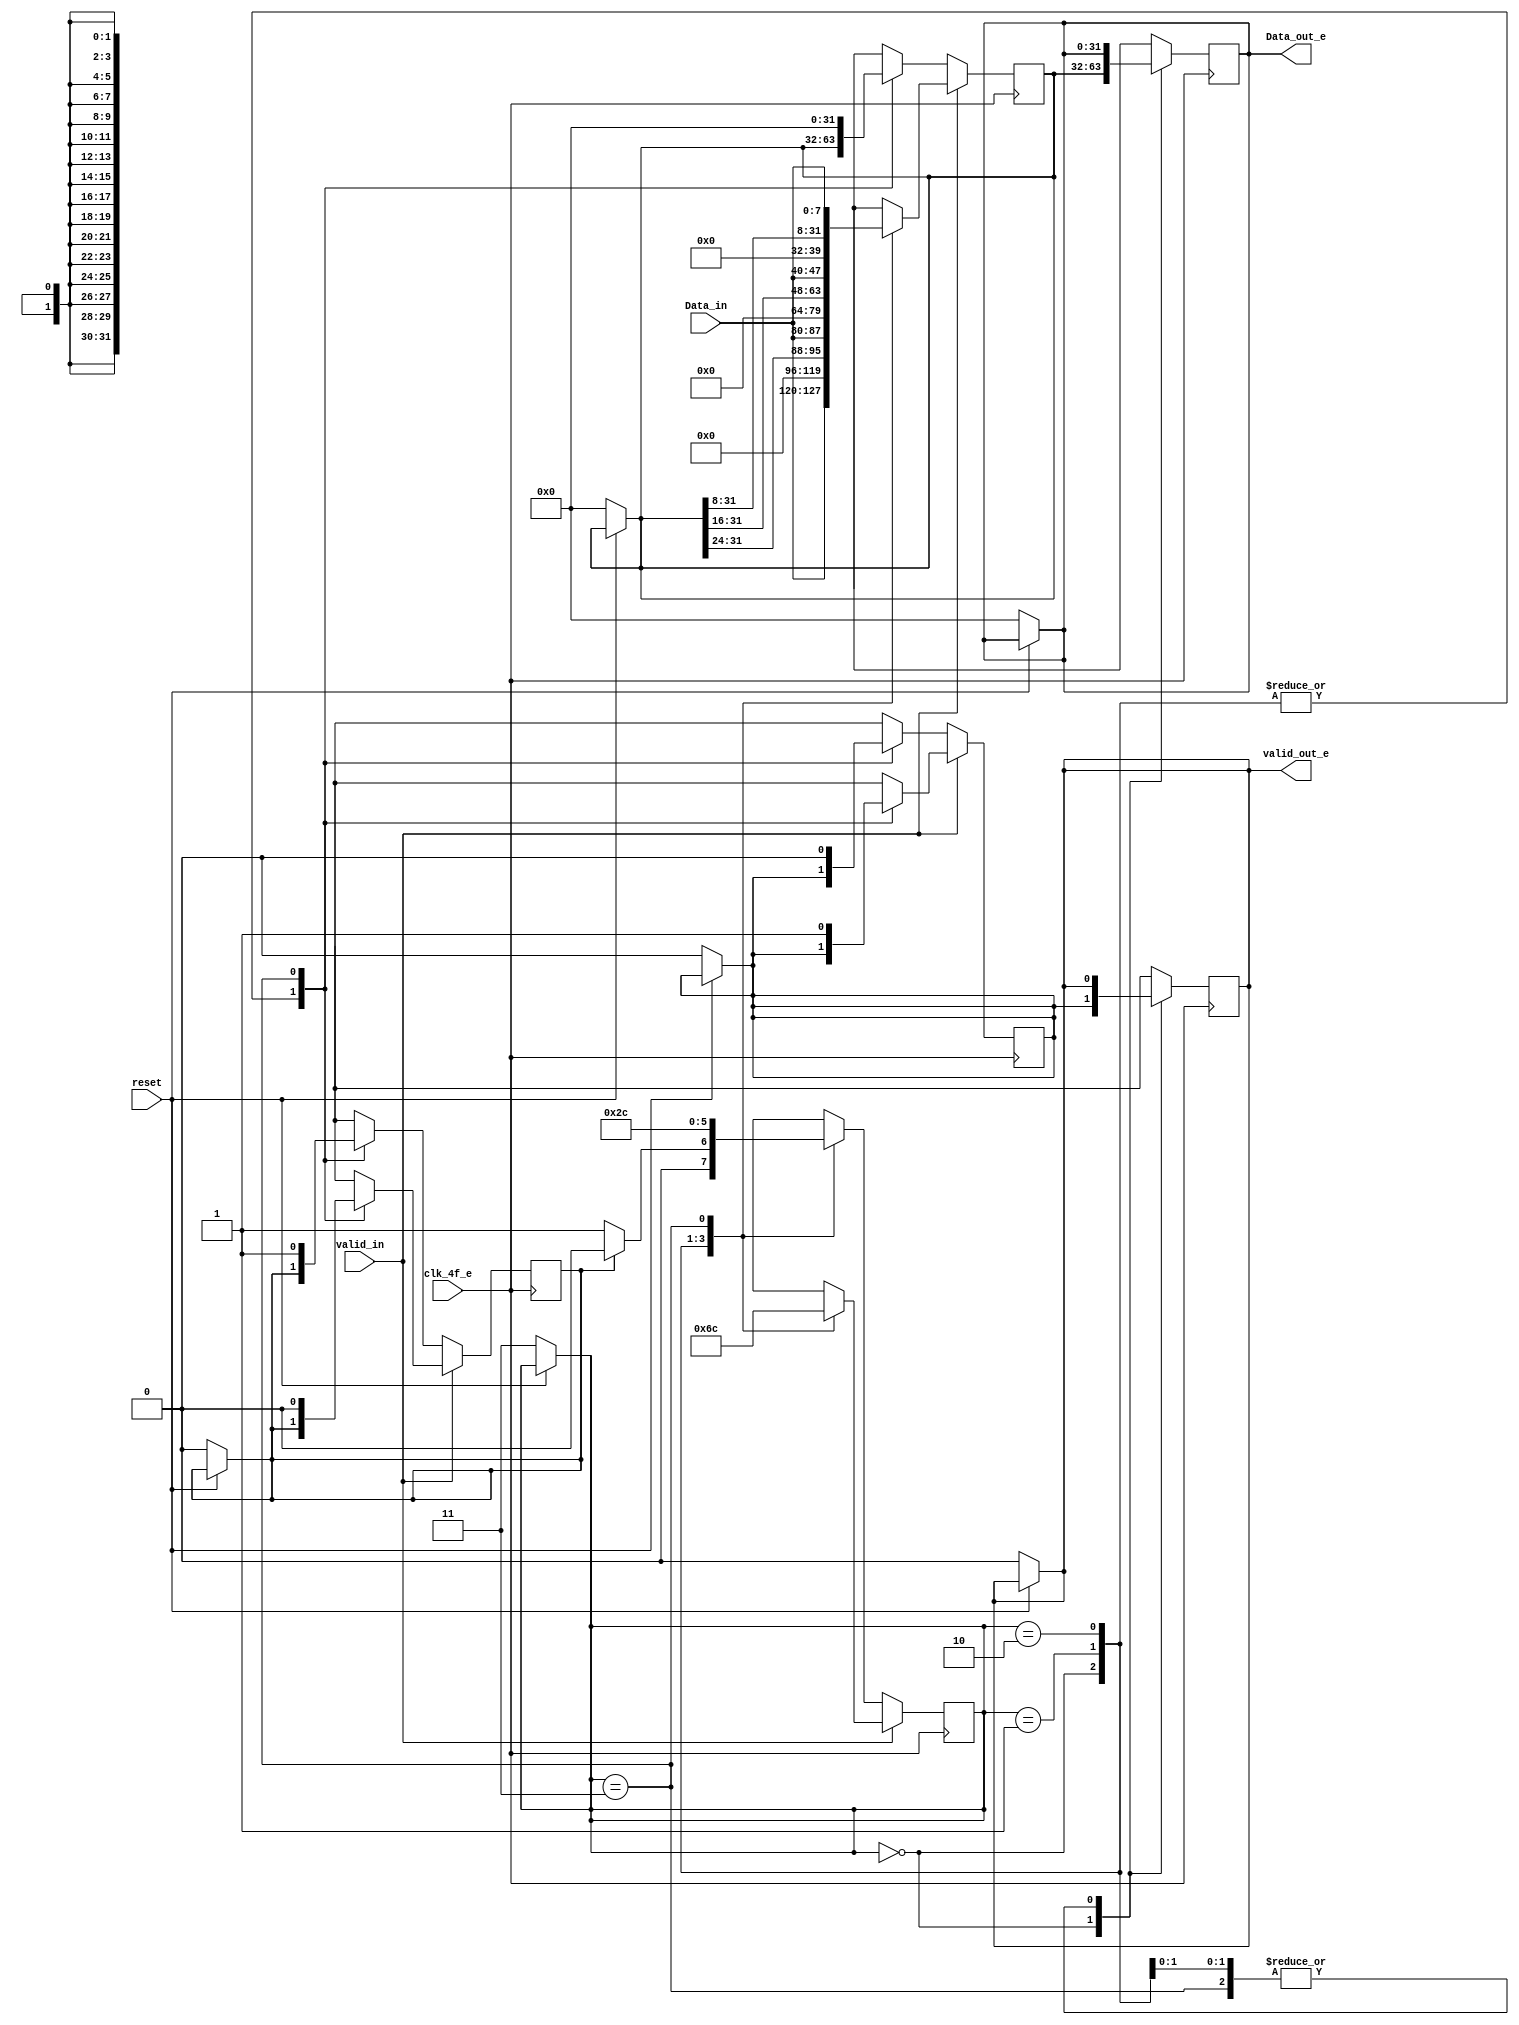
/* Generated by Yosys 0.9 (git sha1 1979e0b) */

(* src = "bits8_32word_e.v:1" *)
module bits8_32word_e(clk_4f_e, reset, valid_in, Data_in, valid_out_e, Data_out_e);
  (* src = "bits8_32word_e.v:14" *)
  reg [31:0] _00_;
  (* src = "bits8_32word_e.v:14" *)
  reg [1:0] _01_;
  (* src = "bits8_32word_e.v:14" *)
  reg _02_;
  (* src = "bits8_32word_e.v:14" *)
  reg [31:0] _03_;
  (* src = "bits8_32word_e.v:14" *)
  reg _04_;
  (* src = "bits8_32word_e.v:14" *)
  reg _05_;
  (* src = "bits8_32word_e.v:25" *)
  reg [31:0] _06_;
  (* src = "bits8_32word_e.v:25" *)
  reg [1:0] _07_;
  (* src = "bits8_32word_e.v:25" *)
  reg _08_;
  (* src = "bits8_32word_e.v:25" *)
  reg [31:0] _09_;
  (* src = "bits8_32word_e.v:25" *)
  reg _10_;
  (* src = "bits8_32word_e.v:25" *)
  reg _11_;
  (* src = "bits8_32word_e.v:15" *)
  wire _12_;
  (* src = "bits8_32word_e.v:5" *)
  input [7:0] Data_in;
  (* src = "bits8_32word_e.v:7" *)
  output [31:0] Data_out_e;
  reg [31:0] Data_out_e;
  (* src = "bits8_32word_e.v:2" *)
  input clk_4f_e;
  (* src = "bits8_32word_e.v:9" *)
  reg [1:0] contador;
  (* src = "bits8_32word_e.v:12" *)
  reg down;
  (* src = "bits8_32word_e.v:10" *)
  reg [31:0] memoria;
  (* src = "bits8_32word_e.v:3" *)
  input reset;
  (* src = "bits8_32word_e.v:11" *)
  reg valid;
  (* src = "bits8_32word_e.v:4" *)
  input valid_in;
  (* src = "bits8_32word_e.v:6" *)
  output valid_out_e;
  reg valid_out_e;
  assign _12_ = ~(* src = "bits8_32word_e.v:15" *) reset;
  always @* begin
    _05_ = valid_out_e;
    _00_ = Data_out_e;
    _01_ = contador;
    _04_ = valid;
    _02_ = down;
    _03_ = memoria;
    (* src = "bits8_32word_e.v:15" *)
    casez (_12_)
      /* src = "bits8_32word_e.v:15" */
      1'h1:
        begin
          _05_ = 1'h0;
          _00_ = 32'd0;
          _01_ = 2'h3;
          _03_ = 32'd0;
          _04_ = 1'h0;
          _02_ = 1'h0;
        end
      default:
          /* empty */;
    endcase
  end
  always @* begin
      valid_out_e <= _05_;
      Data_out_e <= _00_;
      contador <= _01_;
      valid <= _04_;
      down <= _02_;
      memoria <= _03_;
  end
  always @* begin
    _11_ = valid_out_e;
    _06_ = Data_out_e;
    _07_ = contador;
    _10_ = valid;
    _08_ = down;
    _09_ = memoria;
    (* src = "bits8_32word_e.v:26" *)
    casez (valid_in)
      /* src = "bits8_32word_e.v:26" */
      1'h1:
          (* src = "bits8_32word_e.v:27" *)
          casez (contador)
            /* src = "bits8_32word_e.v:28" */
            2'h0:
              begin
                _11_ = valid;
                _06_ = memoria;
                _09_ = { Data_in, 24'h000000 };
                _07_ = 2'h1;
              end
            /* src = "bits8_32word_e.v:35" */
            2'h1:
              begin
                _09_ = { memoria[31:24], Data_in, 16'h0000 };
                _07_ = 2'h2;
              end
            /* src = "bits8_32word_e.v:40" */
            2'h2:
              begin
                _09_ = { memoria[31:16], Data_in, 8'h00 };
                _07_ = 2'h3;
              end
            /* src = "bits8_32word_e.v:45" */
            2'h3:
              begin
                _09_ = { memoria[31:8], Data_in };
                _10_ = 1'h1;
                _07_ = 2'h0;
                _08_ = 1'h0;
              end
            default:
                /* empty */;
          endcase
      /* src = "bits8_32word_e.v:54" */
      default:
          (* src = "bits8_32word_e.v:55" *)
          casez (contador)
            /* src = "bits8_32word_e.v:56" */
            2'h0:
              begin
                _11_ = valid;
                _06_ = memoria;
                (* src = "bits8_32word_e.v:60" *)
                casez (down)
                  /* src = "bits8_32word_e.v:60" */
                  1'h1:
                      _07_ = 2'h0;
                  /* src = "bits8_32word_e.v:61" */
                  default:
                      _07_ = 2'h1;
                endcase
              end
            /* src = "bits8_32word_e.v:63" */
            2'h1:
                _07_ = 2'h2;
            /* src = "bits8_32word_e.v:64" */
            2'h2:
                _07_ = 2'h3;
            /* src = "bits8_32word_e.v:65" */
            2'h3:
              begin
                _09_ = 32'd0;
                _10_ = 1'h0;
                _07_ = 2'h0;
                _08_ = 1'h1;
              end
            default:
                /* empty */;
          endcase
    endcase
  end
  always @(posedge clk_4f_e) begin
      valid_out_e <= _11_;
      Data_out_e <= _06_;
      contador <= _07_;
      valid <= _10_;
      down <= _08_;
      memoria <= _09_;
  end
endmodule

(* src = "byte_un_striping_e.v:1" *)
module byte_un_striping_e(clk_2f_e, reset, valid_0, lane_0, valid_1, lane_1, valid_out_e, Data_out_e);
  (* src = "byte_un_striping_e.v:13" *)
  reg [31:0] _0_;
  (* src = "byte_un_striping_e.v:13" *)
  reg _1_;
  (* src = "byte_un_striping_e.v:13" *)
  reg _2_;
  (* src = "byte_un_striping_e.v:21" *)
  reg [31:0] _3_;
  (* src = "byte_un_striping_e.v:21" *)
  reg _4_;
  (* src = "byte_un_striping_e.v:21" *)
  reg _5_;
  (* src = "byte_un_striping_e.v:14" *)
  wire _6_;
  (* src = "byte_un_striping_e.v:9" *)
  output [31:0] Data_out_e;
  reg [31:0] Data_out_e;
  (* src = "byte_un_striping_e.v:2" *)
  input clk_2f_e;
  (* src = "byte_un_striping_e.v:11" *)
  reg contador;
  (* src = "byte_un_striping_e.v:5" *)
  input [31:0] lane_0;
  (* src = "byte_un_striping_e.v:7" *)
  input [31:0] lane_1;
  (* src = "byte_un_striping_e.v:3" *)
  input reset;
  (* src = "byte_un_striping_e.v:4" *)
  input valid_0;
  (* src = "byte_un_striping_e.v:6" *)
  input valid_1;
  (* src = "byte_un_striping_e.v:8" *)
  output valid_out_e;
  reg valid_out_e;
  assign _6_ = ~(* src = "byte_un_striping_e.v:14" *) reset;
  always @* begin
    _2_ = valid_out_e;
    _0_ = Data_out_e;
    _1_ = contador;
    (* src = "byte_un_striping_e.v:14" *)
    casez (_6_)
      /* src = "byte_un_striping_e.v:14" */
      1'h1:
        begin
          _2_ = 1'h0;
          _0_ = 32'd0;
          _1_ = 1'h1;
        end
      default:
          /* empty */;
    endcase
  end
  always @* begin
      valid_out_e <= _2_;
      Data_out_e <= _0_;
      contador <= _1_;
  end
  always @* begin
    _5_ = valid_out_e;
    _3_ = Data_out_e;
    _4_ = contador;
    (* src = "byte_un_striping_e.v:22" *)
    casez (contador)
      /* src = "byte_un_striping_e.v:23" */
      1'h0:
          (* src = "byte_un_striping_e.v:25" *)
          casez (valid_0)
            /* src = "byte_un_striping_e.v:25" */
            1'h1:
              begin
                _4_ = 1'h1;
                _5_ = 1'h1;
                _3_ = lane_0;
              end
            /* src = "byte_un_striping_e.v:30" */
            default:
              begin
                _4_ = 1'h1;
                _5_ = 1'h0;
                _3_ = 32'd0;
              end
          endcase
      /* src = "byte_un_striping_e.v:36" */
      1'h1:
          (* src = "byte_un_striping_e.v:38" *)
          casez (valid_1)
            /* src = "byte_un_striping_e.v:38" */
            1'h1:
              begin
                _4_ = 1'h0;
                _5_ = 1'h1;
                _3_ = lane_1;
              end
            /* src = "byte_un_striping_e.v:43" */
            default:
              begin
                _4_ = 1'h0;
                _5_ = 1'h0;
                _3_ = 32'd0;
              end
          endcase
      default:
          /* empty */;
    endcase
  end
  always @(posedge clk_2f_e) begin
      valid_out_e <= _5_;
      Data_out_e <= _3_;
      contador <= _4_;
  end
endmodule

(* top =  1  *)
(* src = "phy_rx_e.v:5" *)
module phy_rx_e(clk_32f, clk_2f_e, clk_4f_e, reset, Data_in_0, Data_in_1, valid_out_e, Data_out_e);
  (* src = "phy_rx_e.v:30" *)
  reg [31:0] _0_;
  (* src = "phy_rx_e.v:30" *)
  reg _1_;
  (* src = "phy_rx_e.v:28" *)
  wire [31:0] Data_c;
  (* src = "phy_rx_e.v:10" *)
  input Data_in_0;
  (* src = "phy_rx_e.v:11" *)
  input Data_in_1;
  (* src = "phy_rx_e.v:24" *)
  wire [7:0] Data_out_0_c;
  (* src = "phy_rx_e.v:26" *)
  wire [7:0] Data_out_1_c;
  (* src = "phy_rx_e.v:13" *)
  output [31:0] Data_out_e;
  reg [31:0] Data_out_e;
  (* src = "phy_rx_e.v:7" *)
  input clk_2f_e;
  (* src = "phy_rx_e.v:6" *)
  input clk_32f;
  (* src = "phy_rx_e.v:8" *)
  input clk_4f_e;
  (* src = "phy_rx_e.v:20" *)
  wire [31:0] lane_0_c;
  (* src = "phy_rx_e.v:22" *)
  wire [31:0] lane_1_c;
  (* src = "phy_rx_e.v:9" *)
  input reset;
  (* src = "phy_rx_e.v:19" *)
  wire valid_0_c;
  (* src = "phy_rx_e.v:21" *)
  wire valid_1_c;
  (* src = "phy_rx_e.v:27" *)
  wire valid_c;
  (* src = "phy_rx_e.v:23" *)
  wire valid_out_0_c;
  (* src = "phy_rx_e.v:25" *)
  wire valid_out_1_c;
  (* src = "phy_rx_e.v:12" *)
  output valid_out_e;
  reg valid_out_e;
  (* module_not_derived = 32'd1 *)
  (* src = "phy_rx_e.v:53" *)
  bits8_32word_e bits8_32word_1 (
    .Data_in(Data_out_0_c),
    .Data_out_e(lane_0_c),
    .clk_4f_e(clk_4f_e),
    .reset(reset),
    .valid_in(valid_out_0_c),
    .valid_out_e(valid_0_c)
  );
  (* module_not_derived = 32'd1 *)
  (* src = "phy_rx_e.v:63" *)
  bits8_32word_e bits8_32word_2 (
    .Data_in(Data_out_1_c),
    .Data_out_e(lane_1_c),
    .clk_4f_e(clk_4f_e),
    .reset(reset),
    .valid_in(valid_out_1_c),
    .valid_out_e(valid_1_c)
  );
  (* module_not_derived = 32'd1 *)
  (* src = "phy_rx_e.v:73" *)
  byte_un_striping_e byte_un_striping_1 (
    .Data_out_e(Data_c),
    .clk_2f_e(clk_2f_e),
    .lane_0(lane_0_c),
    .lane_1(lane_1_c),
    .reset(reset),
    .valid_0(valid_0_c),
    .valid_1(valid_1_c),
    .valid_out_e(valid_c)
  );
  (* module_not_derived = 32'd1 *)
  (* src = "phy_rx_e.v:35" *)
  serial_parallel_e serial_parallel_1 (
    .Data_in(Data_in_0),
    .Data_out_e(Data_out_0_c),
    .clk_32f(clk_32f),
    .reset(reset),
    .valid_out_e(valid_out_0_c)
  );
  (* module_not_derived = 32'd1 *)
  (* src = "phy_rx_e.v:44" *)
  serial_parallel_e serial_parallel_2 (
    .Data_in(Data_in_1),
    .Data_out_e(Data_out_1_c),
    .clk_32f(clk_32f),
    .reset(reset),
    .valid_out_e(valid_out_1_c)
  );
  always @* begin
    _1_ = valid_c;
    _0_ = Data_c;
  end
  always @* begin
      valid_out_e <= _1_;
      Data_out_e <= _0_;
  end
endmodule

(* src = "serial_parallel_e.v:1" *)
module serial_parallel_e(clk_32f, reset, Data_in, valid_out_e, Data_out_e);
  (* src = "serial_parallel_e.v:13" *)
  reg [1:0] _00_;
  (* src = "serial_parallel_e.v:13" *)
  reg [7:0] _01_;
  (* src = "serial_parallel_e.v:13" *)
  reg _02_;
  (* src = "serial_parallel_e.v:13" *)
  reg [2:0] _03_;
  (* src = "serial_parallel_e.v:13" *)
  reg [7:0] _04_;
  (* src = "serial_parallel_e.v:13" *)
  reg _05_;
  (* src = "serial_parallel_e.v:24" *)
  reg [1:0] _06_;
  (* src = "serial_parallel_e.v:24" *)
  reg [7:0] _07_;
  (* src = "serial_parallel_e.v:24" *)
  reg _08_;
  (* src = "serial_parallel_e.v:24" *)
  reg [2:0] _09_;
  (* src = "serial_parallel_e.v:24" *)
  reg [7:0] _10_;
  (* src = "serial_parallel_e.v:24" *)
  reg _11_;
  wire [3:0] _12_;
  wire [1:0] _13_;
  wire _14_;
  wire [7:0] _15_;
  wire _16_;
  (* src = "serial_parallel_e.v:14" *)
  wire _17_;
  (* src = "serial_parallel_e.v:29" *)
  wire _18_;
  (* src = "serial_parallel_e.v:81" *)
  wire _19_;
  (* src = "serial_parallel_e.v:10" *)
  reg [1:0] BC_count;
  (* src = "serial_parallel_e.v:4" *)
  input Data_in;
  (* src = "serial_parallel_e.v:6" *)
  output [7:0] Data_out_e;
  reg [7:0] Data_out_e;
  (* src = "serial_parallel_e.v:11" *)
  reg active;
  (* src = "serial_parallel_e.v:2" *)
  input clk_32f;
  (* src = "serial_parallel_e.v:9" *)
  reg [2:0] contador;
  (* src = "serial_parallel_e.v:8" *)
  reg [7:0] memoria;
  (* src = "serial_parallel_e.v:3" *)
  input reset;
  (* src = "serial_parallel_e.v:5" *)
  output valid_out_e;
  reg valid_out_e;
  assign _12_[0] = _15_[0] |(* src = "serial_parallel_e.v:81" *)  _15_[1];
  assign _12_[1] = _15_[2] |(* src = "serial_parallel_e.v:81" *)  _15_[3];
  assign _12_[2] = _15_[4] |(* src = "serial_parallel_e.v:81" *)  _15_[5];
  assign _12_[3] = _15_[6] |(* src = "serial_parallel_e.v:81" *)  _15_[7];
  assign _13_[0] = _12_[0] |(* src = "serial_parallel_e.v:81" *)  _12_[1];
  assign _13_[1] = _12_[2] |(* src = "serial_parallel_e.v:81" *)  _12_[3];
  assign _16_ = _13_[0] |(* src = "serial_parallel_e.v:81" *)  _13_[1];
  assign _19_ = ~(* src = "serial_parallel_e.v:81" *) _16_;
  assign _17_ = ~(* src = "serial_parallel_e.v:14" *) reset;
  assign _15_[2] = memoria[2] ^(* src = "serial_parallel_e.v:81" *)  1'h1;
  assign _15_[3] = memoria[3] ^(* src = "serial_parallel_e.v:81" *)  1'h1;
  assign _15_[4] = memoria[4] ^(* src = "serial_parallel_e.v:81" *)  1'h1;
  assign _15_[5] = memoria[5] ^(* src = "serial_parallel_e.v:81" *)  1'h1;
  assign _15_[7] = memoria[7] ^(* src = "serial_parallel_e.v:81" *)  1'h1;
  always @* begin
    _05_ = valid_out_e;
    _01_ = Data_out_e;
    _03_ = contador;
    _04_ = memoria;
    _00_ = BC_count;
    _02_ = active;
    (* src = "serial_parallel_e.v:14" *)
    casez (_17_)
      /* src = "serial_parallel_e.v:14" */
      1'h1:
        begin
          _05_ = 1'h0;
          _01_ = 8'h00;
          _04_ = 8'h00;
          _03_ = 3'h7;
          _00_ = 2'h0;
          _02_ = 1'h0;
        end
      default:
          /* empty */;
    endcase
  end
  always @* begin
      valid_out_e <= _05_;
      Data_out_e <= _01_;
      contador <= _03_;
      memoria <= _04_;
      BC_count <= _00_;
      active <= _02_;
  end
  always @* begin
    _11_ = valid_out_e;
    _07_ = Data_out_e;
    _09_ = contador;
    _10_ = memoria;
    _06_ = BC_count;
    _08_ = active;
    (* src = "serial_parallel_e.v:25" *)
    casez (active)
      /* src = "serial_parallel_e.v:25" */
      1'h1:
          (* src = "serial_parallel_e.v:26" *)
          casez (contador)
            /* src = "serial_parallel_e.v:27" */
            3'h0:
              begin
                _09_ = 3'h1;
                _10_ = { Data_in, 7'h00 };
                (* src = "serial_parallel_e.v:29" *)
                casez (_18_)
                  /* src = "serial_parallel_e.v:29" */
                  1'h1:
                    begin
                      _11_ = 1'h0;
                      _07_ = 8'h00;
                    end
                  /* src = "serial_parallel_e.v:33" */
                  default:
                    begin
                      _11_ = 1'h1;
                      _07_ = memoria;
                    end
                endcase
              end
            /* src = "serial_parallel_e.v:40" */
            3'h1:
              begin
                _09_ = 3'h2;
                _10_ = { memoria[7], Data_in, 6'h00 };
              end
            /* src = "serial_parallel_e.v:45" */
            3'h2:
              begin
                _09_ = 3'h3;
                _10_ = { memoria[7:6], Data_in, 5'h00 };
              end
            /* src = "serial_parallel_e.v:50" */
            3'h3:
              begin
                _09_ = 3'h4;
                _10_ = { memoria[7:5], Data_in, 4'h0 };
              end
            /* src = "serial_parallel_e.v:55" */
            3'h4:
              begin
                _09_ = 3'h5;
                _10_ = { memoria[7:4], Data_in, 3'h0 };
              end
            /* src = "serial_parallel_e.v:60" */
            3'h5:
              begin
                _09_ = 3'h6;
                _10_ = { memoria[7:3], Data_in, 2'h0 };
              end
            /* src = "serial_parallel_e.v:65" */
            3'h6:
              begin
                _09_ = 3'h7;
                _10_ = { memoria[7:2], Data_in, 1'h0 };
              end
            /* src = "serial_parallel_e.v:70" */
            3'h7:
              begin
                _09_ = 3'h0;
                _10_ = { memoria[7:1], Data_in };
              end
            default:
                /* empty */;
          endcase
      /* src = "serial_parallel_e.v:77" */
      default:
          (* src = "serial_parallel_e.v:78" *)
          casez (contador)
            /* src = "serial_parallel_e.v:79" */
            3'h0:
              begin
                _09_ = 3'h1;
                _10_ = { Data_in, 7'h00 };
                (* src = "serial_parallel_e.v:81" *)
                casez (_19_)
                  /* src = "serial_parallel_e.v:81" */
                  1'h1:
                      (* src = "serial_parallel_e.v:82" *)
                      casez (BC_count)
                        /* src = "serial_parallel_e.v:83" */
                        2'h0:
                            _06_ = 2'h1;
                        /* src = "serial_parallel_e.v:84" */
                        2'h1:
                            _06_ = 2'h2;
                        /* src = "serial_parallel_e.v:85" */
                        2'h2:
                            _06_ = 2'h3;
                        /* src = "serial_parallel_e.v:86" */
                        2'h3:
                            _08_ = 1'h1;
                        default:
                            /* empty */;
                      endcase
                  default:
                      /* empty */;
                endcase
              end
            /* src = "serial_parallel_e.v:92" */
            3'h1:
              begin
                _09_ = 3'h2;
                _10_ = { memoria[7], Data_in, 6'h00 };
              end
            /* src = "serial_parallel_e.v:97" */
            3'h2:
              begin
                _09_ = 3'h3;
                _10_ = { memoria[7:6], Data_in, 5'h00 };
              end
            /* src = "serial_parallel_e.v:102" */
            3'h3:
              begin
                _09_ = 3'h4;
                _10_ = { memoria[7:5], Data_in, 4'h0 };
              end
            /* src = "serial_parallel_e.v:107" */
            3'h4:
              begin
                _09_ = 3'h5;
                _10_ = { memoria[7:4], Data_in, 3'h0 };
              end
            /* src = "serial_parallel_e.v:112" */
            3'h5:
              begin
                _09_ = 3'h6;
                _10_ = { memoria[7:3], Data_in, 2'h0 };
              end
            /* src = "serial_parallel_e.v:117" */
            3'h6:
              begin
                _09_ = 3'h7;
                _10_ = { memoria[7:2], Data_in, 1'h0 };
              end
            /* src = "serial_parallel_e.v:122" */
            3'h7:
              begin
                _09_ = 3'h0;
                _10_ = { memoria[7:1], Data_in };
              end
            default:
                /* empty */;
          endcase
    endcase
  end
  always @(posedge clk_32f) begin
      valid_out_e <= _11_;
      Data_out_e <= _07_;
      contador <= _09_;
      memoria <= _10_;
      BC_count <= _06_;
      active <= _08_;
  end
  assign _18_ = _19_;
  assign _15_[0] = memoria[0];
  assign _15_[1] = memoria[1];
  assign _15_[6] = memoria[6];
endmodule